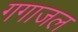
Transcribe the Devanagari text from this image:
गगाजल